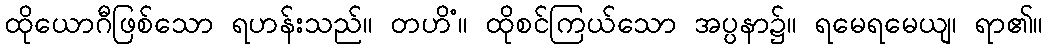
ထိုယောဂီဖြစ်သော ရဟန်းသည်။ တဟိံ။ ထိုစင်ကြယ်သော အပ္ပနာ၌။ ရမေရမေယျ၊ ရာ၏။